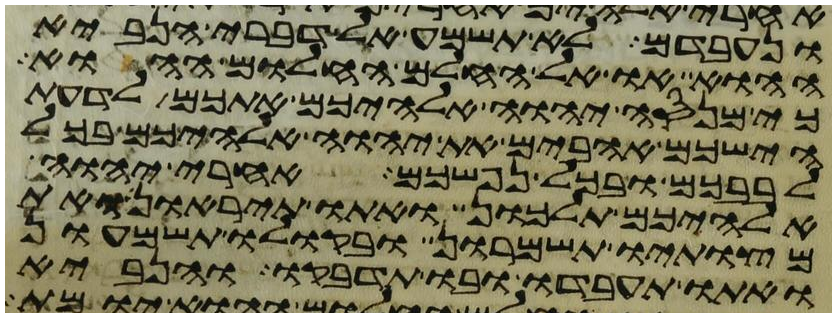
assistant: ונעבדם לא תשמע אל דברי הנביא
ההוא או אל החלם החלום ההוא
כי מנסה יהוה אלהיכם אתכם לדעת
הישכם אהבים את יהוה אלהיכם בכל
לבבכם ובכל נפשכם אחרי יהוה
אלהיכם תלכון ואתו תיראון ואת
מצותיו תשמרון ובקולו תשמעון
ואתו תעבדו ובו תדבקו והנביא